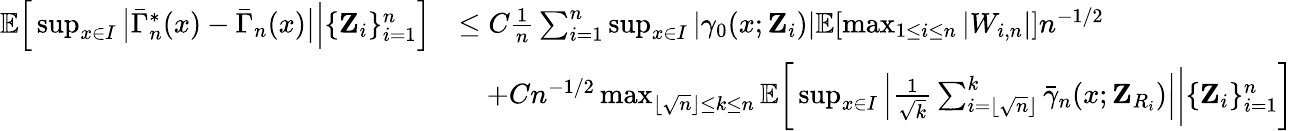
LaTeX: \begin{array}{rl}{\mathbb{E}\Big[\operatorname*{sup}_{x\in I}\big|\bar{\Gamma}_{n}^{*}(x)-\bar{\Gamma}_{n}(x)\big|\Big\vert\{ \mathbf{Z}_{i}\} _{i=1}^{n}\Big]}&{\leq C\frac{1}{n}\sum_{i=1}^{n}\operatorname*{sup}_{x\in I}|\gamma_{0}(x;\mathbf{Z}_{i})|\mathbb{E}[\operatorname*{max}_{1\leq i\leq n}|W_{i,n}|]n^{-1/2}}\\ &{\quad+Cn^{-1/2}\operatorname*{max}_{\lfloor\sqrt{n}\rfloor\leq k\leq n}\mathbb{E}\bigg[\operatorname*{sup}_{x\in I}\Big|\frac{1}{\sqrt{k}}\sum_{i=\lfloor\sqrt{n}\rfloor}^{k}\bar{\gamma}_{n}(x;\mathbf{Z}_{R_{i}})\Big|\bigg\vert\{ \mathbf{Z}_{i}\} _{i=1}^{n}\bigg]}\end{array}